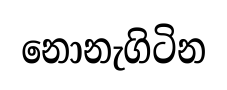
නොනැගිටින